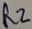
Text: R2